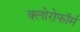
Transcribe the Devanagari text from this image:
क्‍लोरोफॉर्म